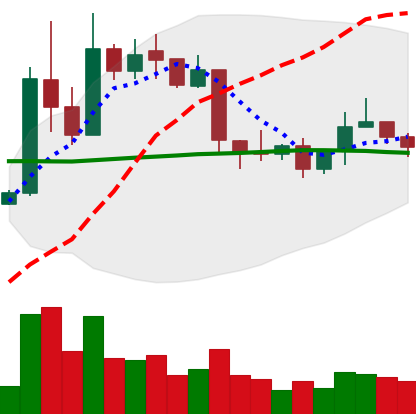
Ticker: XRP-USD
Chart end date: 2019-04-20
Forward return: -11.901%
Label: down_7plus